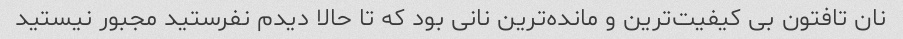
نان تافتون بی کیفیت‌ترین و مانده‌ترین نانی بود که تا حالا دیدم نفرستید مجبور نیستید